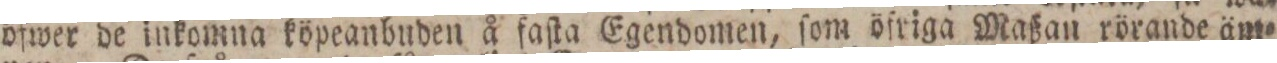
öfwer de inkomna köpeanbuden å faſta Egendomen, ſom öfriga Maßan rörande äm=